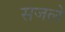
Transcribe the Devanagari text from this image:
सजले